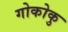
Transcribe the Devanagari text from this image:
गोकोकु